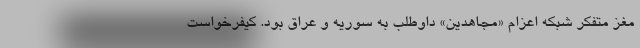
مغز متفکر شبکه اعزام «مجاهدین» داوطلب به سوریه و عراق بود. کیفرخواست